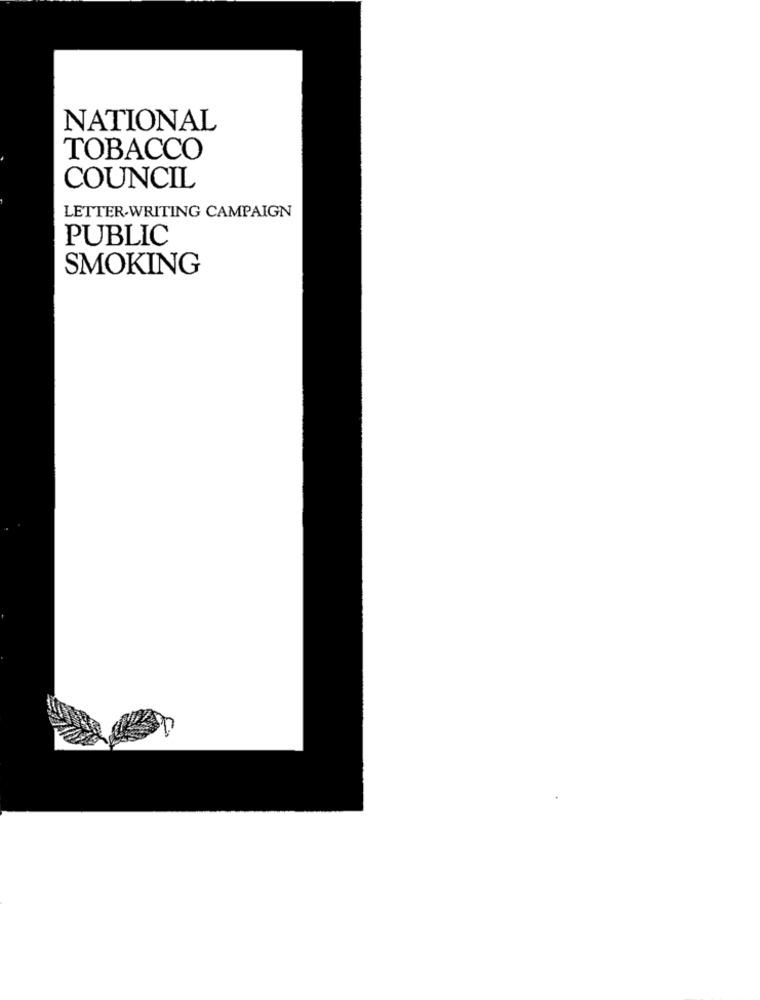
NATIONAL
TOBACCO
COUNCIL
LETTER WRITING CAMPAIGN
PUBLIC
SMOKING